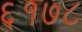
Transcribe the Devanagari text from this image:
६१७८